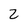
Character: Z